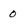
Character: 0